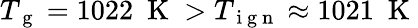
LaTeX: T_{\mathrm{~g~}}=1022~\mathrm{~K~}>T_{\mathrm{~i~g~n~}}\approx 1021~\mathrm{~K~}